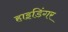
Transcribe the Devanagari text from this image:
हाइडिंगर